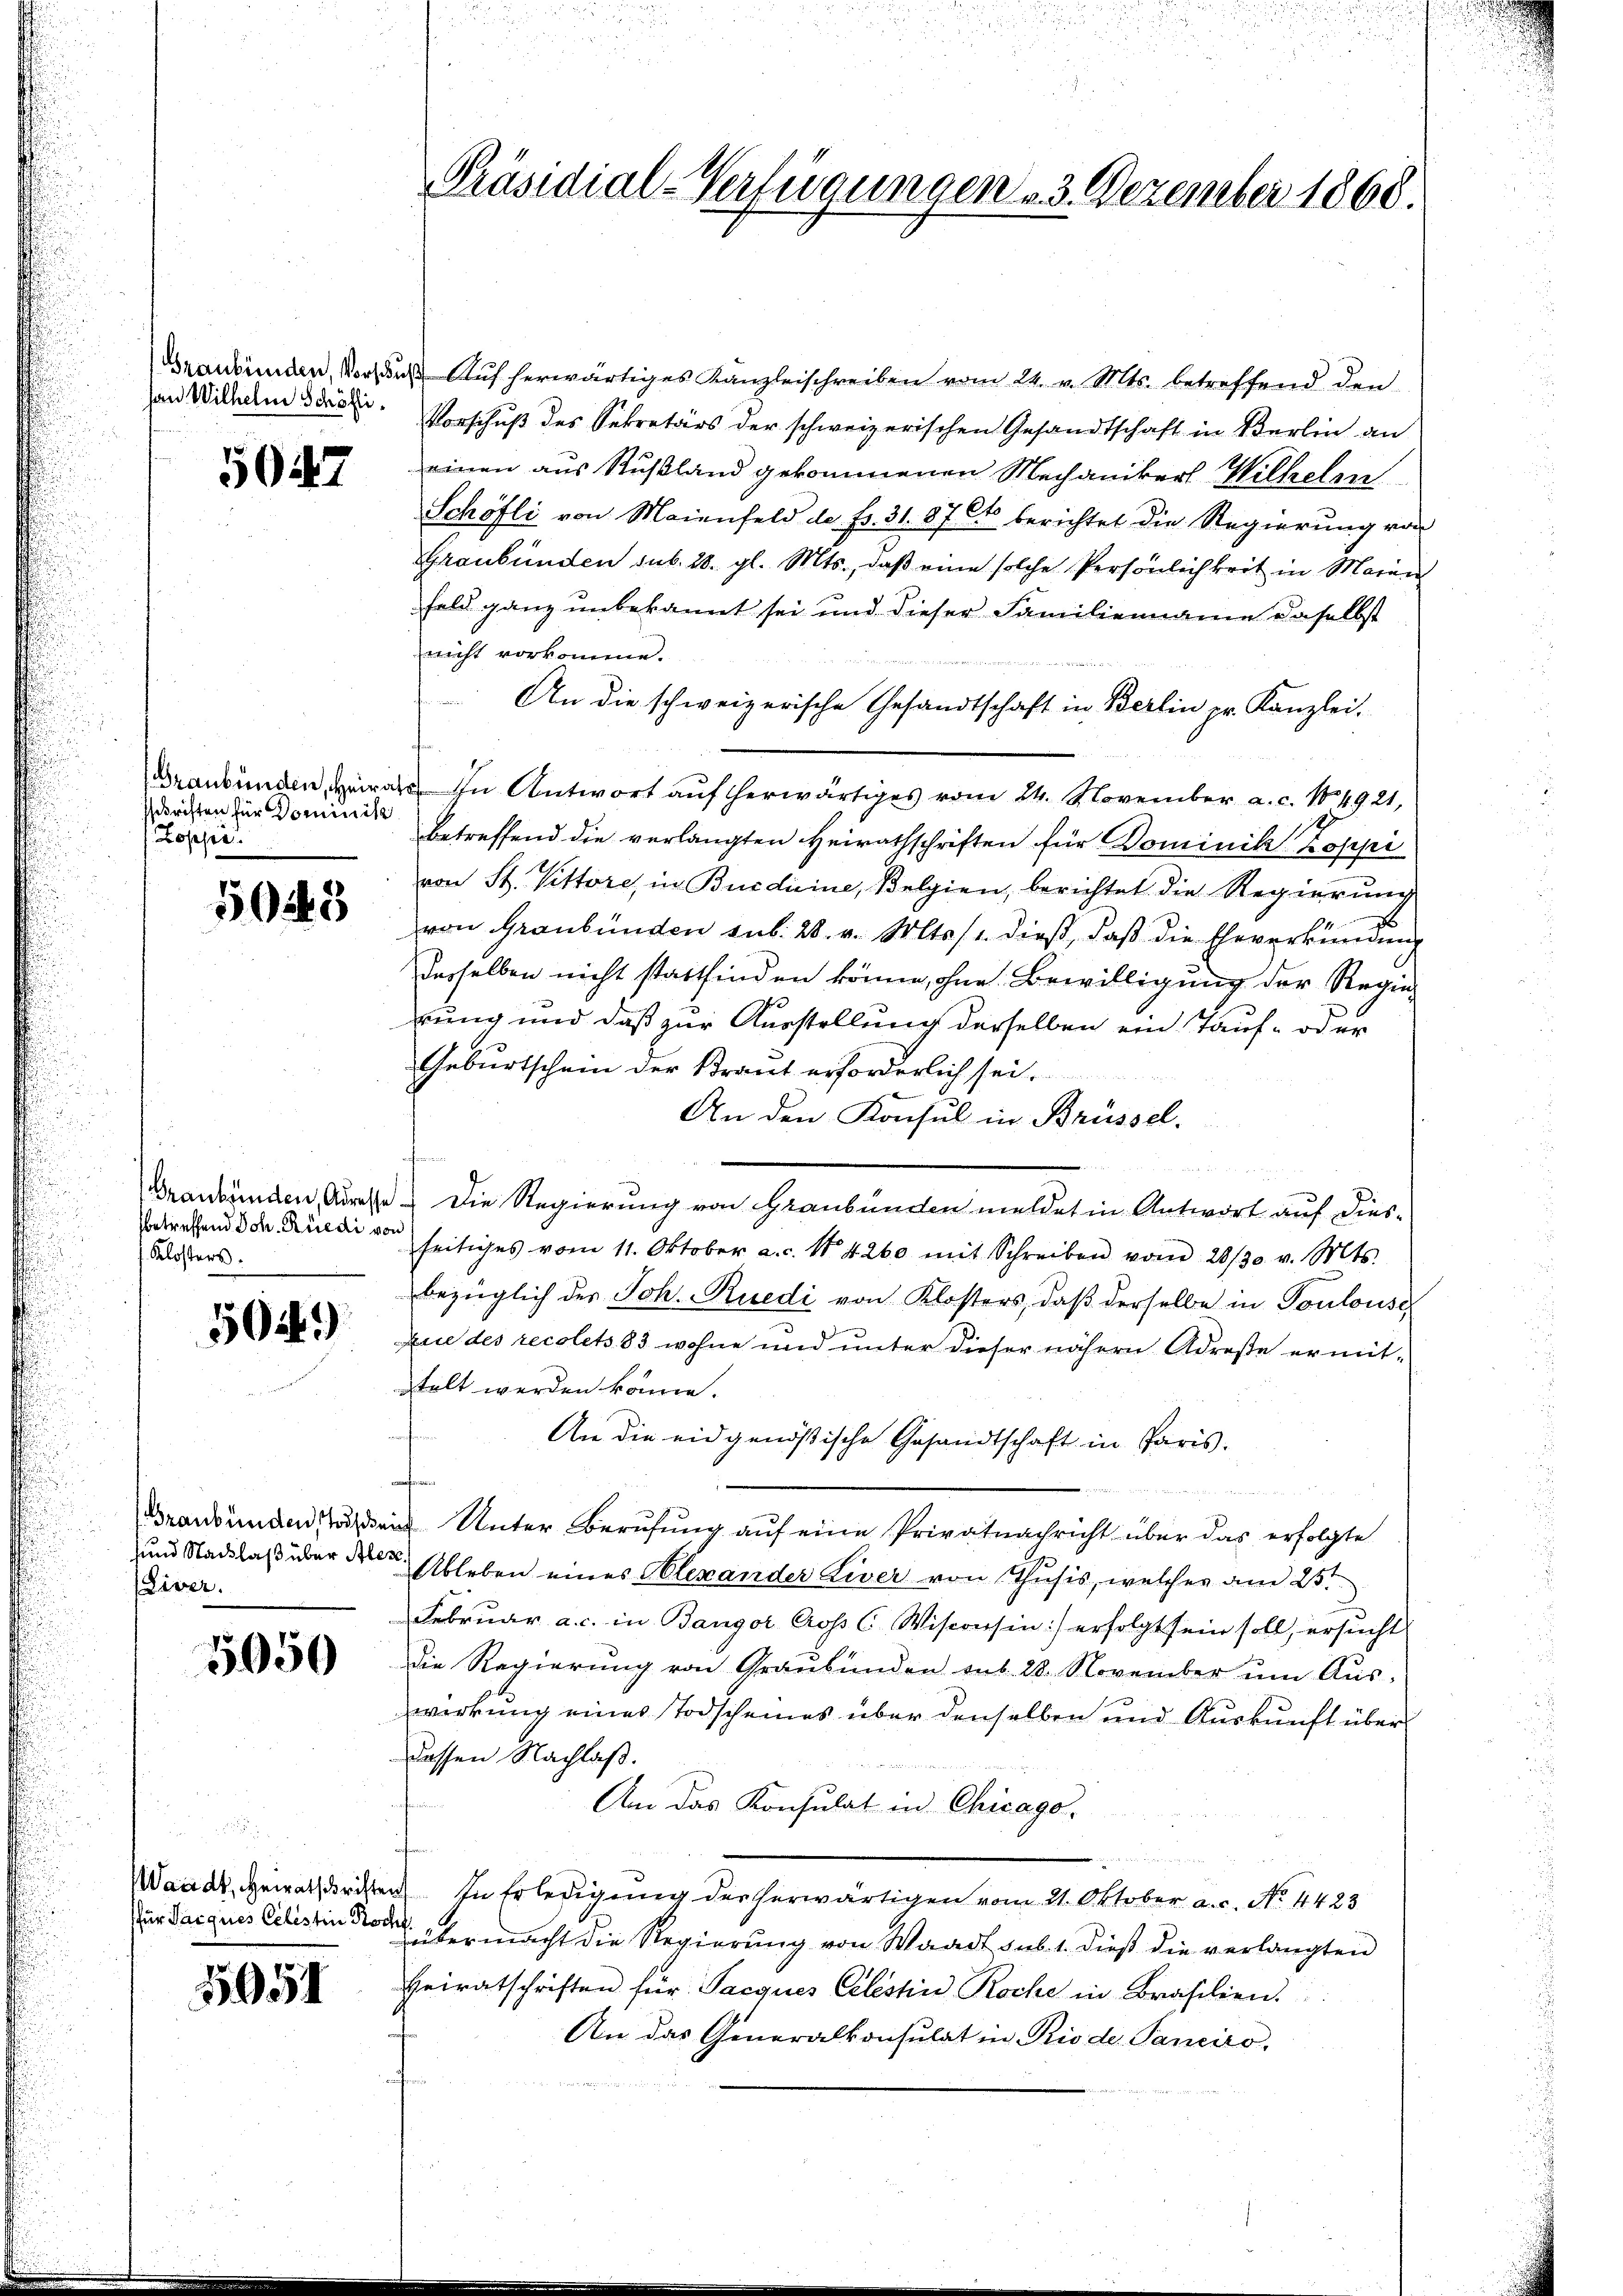
fan Wilhelm Schöfli

5047

schriften für Dominik
Zoppe

5048

sbetreffend Joh. Rüedi von
Klosters.

504.)

sund Stacklaß über Ales.
(Liver.

5950

Waadt, Heiratschrift
(für Jacques Celestini Pro¬

2051

Präsidial-Verfügungen 3. Dezember 1868.

Graubünden, vor des Auf herwärtiges Kanzleischreiben vom 24. v. Mts. betreffend den
Vorschuß des Sekretärs der schweizerischen Gesandtschaft in Berlin an
einen aus Rußland gekommenen Mechanikers Wilhelm
Schöfli von Maienfeld de Fr. 31. 87 Cts berichtet die Regierung von
Graubünden sub. 28. gl. Mts., daß eine solche Persönlichkeit in Maren
Feld ganz unbekannt sei und dieser Familienname daselbst
nicht vorkomme.
An die schweizerische Gesandtschaft in Berlin pr. Kanzlei.
Braubünden, er in Antwort auf herwärtiges vom 24. November a. c. No 4921,
betreffend die verlangten Heiratsschriften für Dominik Koppi
von St. Vittore, in Burdicine, Belgien, berichtet die Regierung
von Graubünden sub. 28. v. Mts. 1. dieß, daß die Eheverkündung
dasselben nicht stattfinden könne, ohne Bewilligung der Regierung und daß zur Ausstellung derselben ein Tauf- oder
Geburtschein der Krant erforderlich sei.
An den Konsul in Brüssel.

Graubünden, Adresse. Die Regierung von Graubünden meldet in Antwort auf diesseitiges vom 11. Oktober a. c. N. 4260 mit Schreiben vom 28/30. v. Mts.
bezüglich des Joh. Ruedi von Klosters, daß derselbe in Toulouse
sie des recolets 83 wohne und unter dieser nähern Adreste ermitstalt werden könne.
An die eidgenößische Gesandtschaft in Paris.
2
Graubünden sein Unter Berufung auf eine Privatnachricht über das erfolgte
Ableben eines Alexander Liver von Thusis, welcher am 25.
Februar a. c. in Bangor Cross CWisconsin:/ erfolgt sein soll, ersucht
Die Regierung von Graubünden aus 28. November um Aus-
wirkung eines Todscheines über denselben und Auskunft über
dassen Nachlaß.
Am das Konsulat in Chicago-
u. In Erledigung der herwärtigen vom 21. Oktober a. c. No. 4423
d
übermacht die Regierung von Waadt sub. 1. dieß die verlangten
Heiratschriften für Pacques Celestin Roche in Brasilien.
An das Generalkonsulat in Rio de Panciro,
t